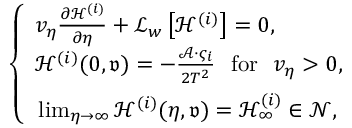
\begin{array} { r } { \left\{ \begin{array} { l } { v _ { \eta } \frac { \partial \mathcal { H } ^ { ( i ) } } { \partial \eta } + \mathcal { L } _ { w } \left[ \mathcal { H } ^ { ( i ) } \right] = 0 , } \\ { \mathcal { H } ^ { ( i ) } ( 0 , { \mathfrak { v } } ) = - \frac { \mathscr { A } \cdot \varsigma _ { i } } { 2 T ^ { 2 } } \ \ \mathrm { f o r } \ \ v _ { \eta } > 0 , } \\ { \rule { 0 ex } { 1.5 em } \operatorname* { l i m } _ { \eta \rightarrow \infty } \mathcal { H } ^ { ( i ) } ( \eta , { \mathfrak { v } } ) = \mathcal { H } _ { \infty } ^ { ( i ) } \in \mathcal { N } , } \end{array} \right. } \end{array}